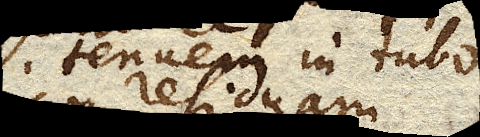
tenuem in tubo